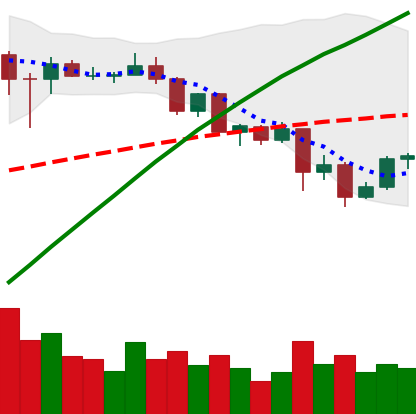
Ticker: ADA-USD
Chart end date: 2020-08-30
Forward return: -12.766%
Label: down_7plus